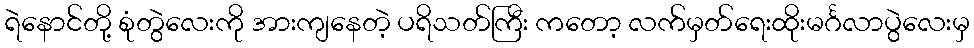
ရဲနောင်တို့ စုံတွဲလေးကို အားကျနေတဲ့ ပရိသတ်ကြီး ကတော့ လက်မှတ်ရေးထိုးမင်္ဂလာပွဲလေးမှ